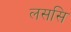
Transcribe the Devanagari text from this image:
लससि